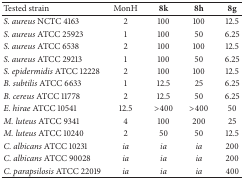
| Tested strain | MonH | 8k | 8h | 8g |
 | --- | --- | --- | --- | --- |
 | S. aureus NCTC 4163 | 2 | 100 | 100 | 12.5 |
 | S. aureus ATCC 25923 | 1 | 100 | 50 | 6.25 |
 | S. aureus ATCC 6538 | 2 | 100 | 100 | 12.5 |
 | S. aureus ATCC 29213 | 1 | 100 | 50 | 6.25 |
 | S. epidermidis ATCC 12228 | 2 | 100 | 100 | 12.5 |
 | B. subtilis ATCC 6633 | 1 | 12.5 | 25 | 6.25 |
 | B. cereus ATCC 11778 | 2 | 12.5 | 50 | 6.25 |
 | E. hirae ATCC 10541 | 12.5 | >400 | >400 | 50 |
 | M. luteus ATCC 9341 | 4 | 100 | 200 | 25 |
 | M. luteus ATCC 10240 | 2 | 50 | 50 | 12.5 |
 | C. albicans ATCC 10231 | ia | ia | ia | 200 |
 | C. albicans ATCC 90028 | ia | ia | ia | 200 |
 | C. parapsilosis ATCC 22019 | ia | ia | ia | 400 |